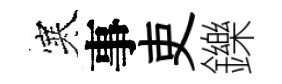
寒事吏鑠